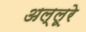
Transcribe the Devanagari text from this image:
अल्लूरे